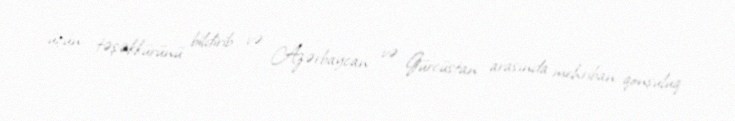
üçün təşəkkürünü bildirib və Azərbaycan və Gürcüstan arasında mehriban qonşuluq